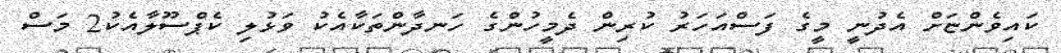
ކައިވެންޏަށް އެދުނީ މީގެ ފަސްއަހަރު ކުރިން ދެމީހުންގެ ހަނދާންތަކާއެކު ވަޅުލި ކެޕްސޫލާއެކު2 މަސް